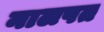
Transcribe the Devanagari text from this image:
नालपत